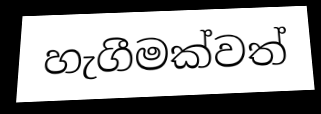
හැගීමක්වත්